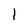
Character: I